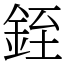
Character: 銍